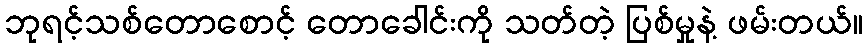
ဘုရင့်သစ်တောစောင့် တောခေါင်းကို သတ်တဲ့ ပြစ်မှုနဲ့ ဖမ်းတယ်။